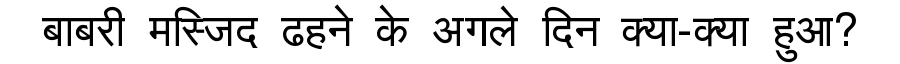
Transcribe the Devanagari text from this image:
बाबरी मस्जिद ढहने के अगले दिन क्या-क्या हुआ?